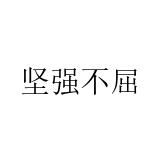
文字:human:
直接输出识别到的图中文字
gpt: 坚强不屈